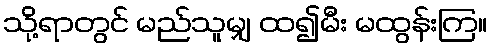
သို့ရာတွင် မည်သူမျှ ထ၍မီး မထွန်းကြ။